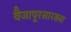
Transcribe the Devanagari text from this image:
वैजापूरसारख्या